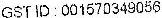
GST ID : 001570349056